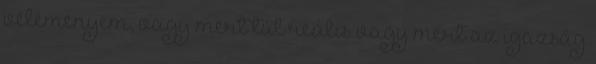
véleményem, vagy mert túl reális vagy mert az igazság